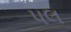
પલ